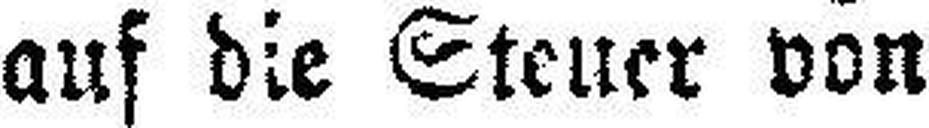
auf die Steuer von